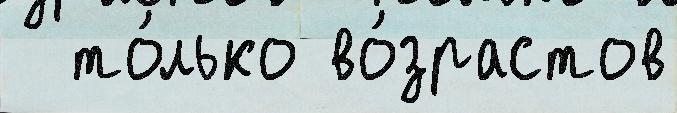
  то́лько во́зрастов